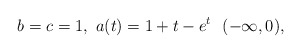
\begin{align*} b=c=1, \ a(t)=1+t-e^t \ \ (-\infty,0),\end{align*}